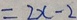
= 2 x - 2